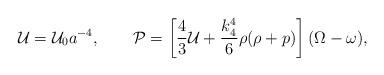
LaTeX: \begin{align*}{\cal U} = {\cal U}_0 a^{-4}, \qquad {\cal P} = \left[ \frac43{\cal U} + \frac{k_4^4}6 \rho (\rho + p) \right] (\Omega -\omega),\end{align*}